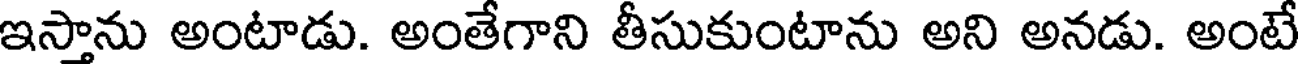
ఇస్తాను అంటాడు. అంతేగాని తీసుకుంటాను అని అనడు. అంటే